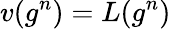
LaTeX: v(g^{n})=L(g^{n})